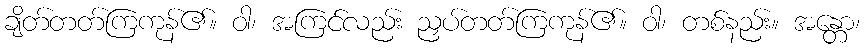
ချိတ်တတ်ကြကုန်၏။ ဝါ၊ အကြင်လည်း ညှပ်တတ်ကြကုန်၏။ ဝါ၊ တစ်နည်း။ အန္တော၊